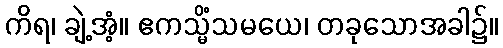
ကိရ၊ ချဲ့အံ့။ ဧကသ္မိံသမယေ၊ တခုသောအခါ၌။